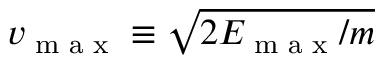
v _ { \textrm { m a x } } \equiv \sqrt { 2 E _ { \textrm { m a x } } / m }